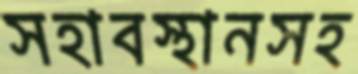
সহাবস্থানসহ